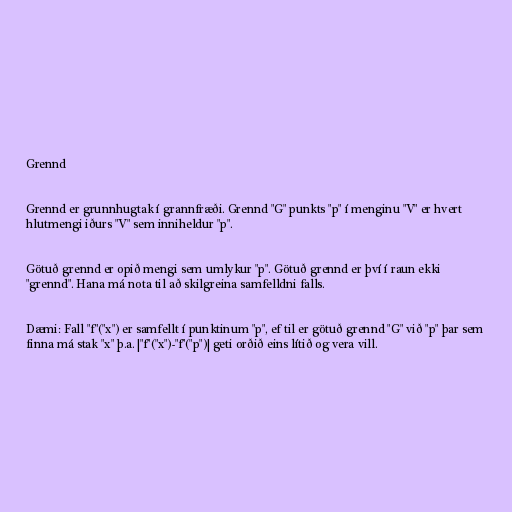
Grennd

Grennd er grunnhugtak í grannfræði. Grennd "G" punkts "p" í menginu "V" er hvert
hlutmengi iðurs "V" sem inniheldur "p".

Götuð grennd er opið mengi sem umlykur "p". Götuð grennd er því í raun ekki
"grennd". Hana má nota til að skilgreina samfelldni falls.

Dæmi: Fall "f"("x") er samfellt í punktinum "p", ef til er götuð grennd "G" við "p" þar sem
finna má stak "x" þ.a. |"f"("x")-"f"("p")| geti orðið eins lítið og vera vill.